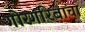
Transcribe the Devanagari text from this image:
गोरगरिबांचा